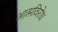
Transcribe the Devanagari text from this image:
आत्मविरोध